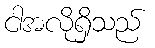
ငါအလိုရှိသည်